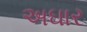
અઘાર